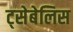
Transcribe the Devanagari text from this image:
ट्सेबेलिस